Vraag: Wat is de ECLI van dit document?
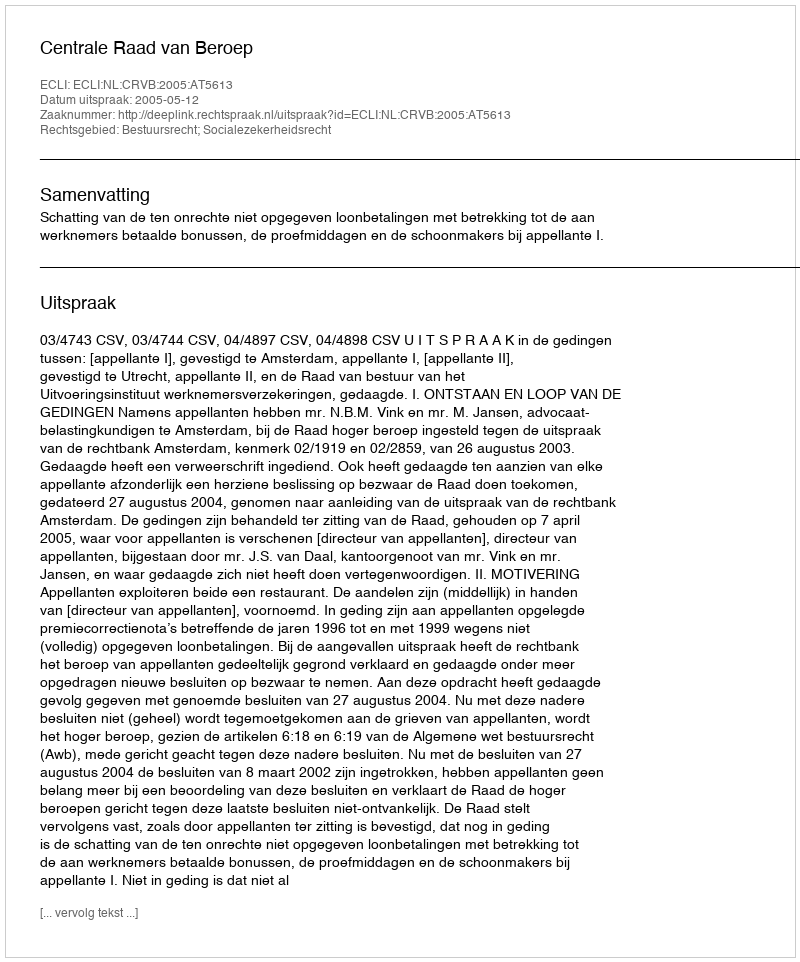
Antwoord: ECLI:NL:CRVB:2005:AT5613